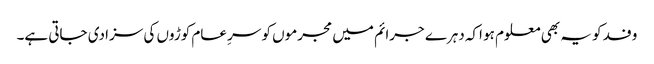
وفد کو یہ بھی معلوم ہو اکہ دہرے جرائم میں مجرموں کو سرِ عام کوڑوں کی سزا دی جاتی ہے۔